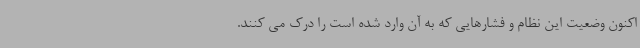
اکنون وضعیت این نظام و فشارهایی که به آن وارد شده است را درک می کنند.